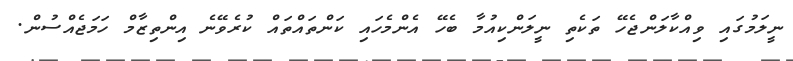
ނީލަމުގައި ވިއްކާލަންޖެހޭ ތަކެތި ނީލަންކިއުމާ ބެހޭ އެންމެހައި ކަންތައްތައް ކުރެވޭނެ އިންތިޒާމް ހަމަޖެއްސުން.